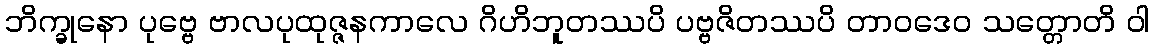
ဘိက္ခုနော ပုဗ္ဗေ ဗာလပုထုဇ္ဇနကာလေ ဂိဟိဘူတဿပိ ပဗ္ဗဇိတဿပိ တာဝဒေဝ သတ္တောတိ ဝါ